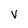
Character: V